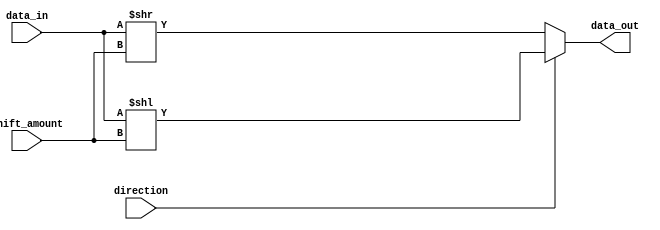
module Circular_Barrel_Shifter (
    input [7:0] data_in,
    input [2:0] shift_amount,
    input direction,
    output reg [7:0] data_out
);

reg [7:0] shifted_data;

always @ (data_in or shift_amount or direction)
begin
    if (direction)
        shifted_data = data_in << shift_amount;
    else
        shifted_data = data_in >> shift_amount;
    
    data_out = shifted_data;
end

endmodule